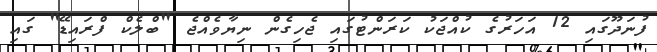
ފުނަދޫގައި 12 އަހަރުގެ ކުއްޖަކު ކަރަންޓުގައި ޖެހިގެން ނިޔާވެއްޖެ "ބްލެކް ފްރައިޑޭ" ގައި